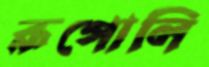
রূপোলি